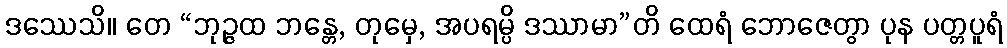
ဒဿေသိ။ တေ “ဘုဉ္ဇထ ဘန္တေ, တုမှေ, အပရမ္ပိ ဒဿာမာ”တိ ထေရံ ဘောဇေတွာ ပုန ပတ္တပူရံ